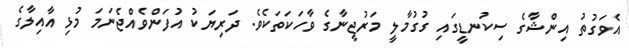
އެވަގުތު އިންޝާގެ ސިކުނޑީގައި ގުގުމާލީ މަރުޖީނާގެ ވާހަކަތަކެވެ. ދަރިޔަކު އުފަންވެއްޖެނަމަ މުޅި އާއިލާގެ